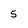
Character: 5